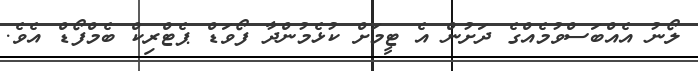
ލޯނު އެއްބަސްވުމެއްގެ ދަށުން އެ ޓީމަށް ކުޅެމުންދާ ފޯވަޑް ޕެޓްރިކް ބެމްފޯޑް އެވެ.